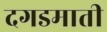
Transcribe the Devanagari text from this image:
दगडमाती